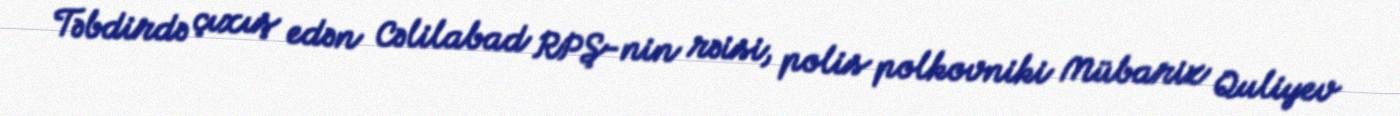
Təbdirdə çıxış edən Cəlilabad RPŞ-nin rəisi, polis polkovniki Mübariz Quliyev